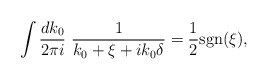
\begin{align*}\int \frac{dk_{0} }{2\pi i}\ \frac{1}{k_{0} +\xi + ik_{0} \delta} =\frac{1}{2} {\rm sgn} (\xi ), \end{align*}